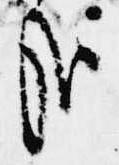
哉